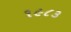
૧૯૮૩